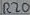
Text: R20